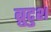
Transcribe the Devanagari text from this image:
ब्रुटुश